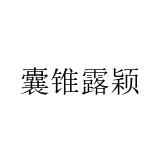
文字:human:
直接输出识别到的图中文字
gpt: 囊锥露颖